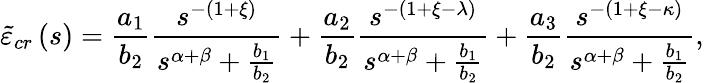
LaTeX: \tilde{\varepsilon}_{cr}\left(s\right)=\frac{a_{1}}{b_{2}}\frac{s^{-\left(1+\xi\right)}}{s^{\alpha+\beta}+\frac{b_{1}}{b_{2}}}+\frac{a_{2}}{b_{2}}\frac{s^{-\left(1+\xi-\lambda\right)}}{s^{\alpha+\beta}+\frac{b_{1}}{b_{2}}}+\frac{a_{3}}{b_{2}}\frac{s^{-\left(1+\xi-\kappa\right)}}{s^{\alpha+\beta}+\frac{b_{1}}{b_{2}}},